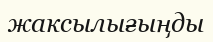
жаксылығыңды